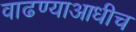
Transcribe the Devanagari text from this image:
वाढण्याआधीच